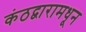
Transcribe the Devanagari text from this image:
कंठद्वारामधून